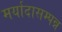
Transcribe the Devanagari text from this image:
मर्यादासम्पन्न